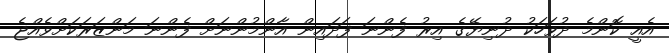
އެއީ ކޮންމެ ދުވަހަކު ދުނިޔޭގެ އިރު ފެންނަ ފަދައިން އާންމުންނަށް ފެންނަ މަންޒަރަކަށްވެއްޖެ